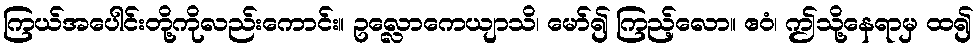
ကြယ်အပေါင်းတို့ကိုလည်းကောင်း။ ဥလ္လောကေယျာသိ၊ မော်၍ ကြည့်လော။ ဧဝံ၊ ဤသို့နေရာမှ ထ၍